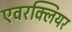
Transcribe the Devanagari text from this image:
एवरक्लियर